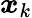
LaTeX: \boldsymbol{x}_{k}